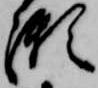
瀬